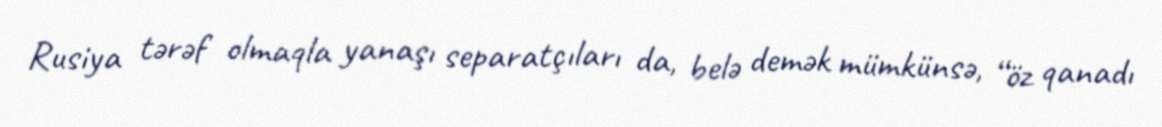
Rusiya tərəf olmaqla yanaşı separatçıları da, belə demək mümkünsə, “öz qanadı